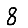
Digit: 8